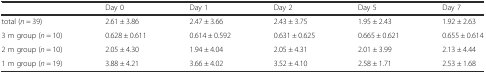
|  | Day 0 | Day 1 | Day 2 | Day 5 | Day 7 |
 | --- | --- | --- | --- | --- | --- |
 | total (n = 39) | 2.61 ± 3.86 | 2.47 ± 3.66 | 2.43 ± 3.75 | 1.95 ± 2.43 | 1.92 ± 2.63 |
 | 3 m group (n = 10) | 0.628 ± 0.611 | 0.614 ± 0.592 | 0.631 ± 0.625 | 0.665 ± 0.621 | 0.655 ± 0.614 |
 | 2 m group (n = 10) | 2.05 ± 4.30 | 1.94 ± 4.04 | 2.05 ± 4.31 | 2.01 ± 3.99 | 2.13 ± 4.44 |
 | 1 m group (n = 19) | 3.88 ± 4.21 | 3.66 ± 4.02 | 3.52 ± 4.10 | 2.58 ± 1.71 | 2.53 ± 1.68 |